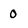
Character: 0